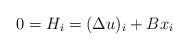
\begin{align*}0 = H_i = (\Delta u)_i + B x_i\end{align*}